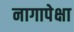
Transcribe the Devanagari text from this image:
नागापेक्षा